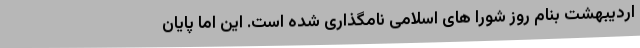
اردیبهشت بنام روز شورا های اسلامی نامگذاری شده است. این اما پایان